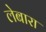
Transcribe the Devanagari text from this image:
लेबारा